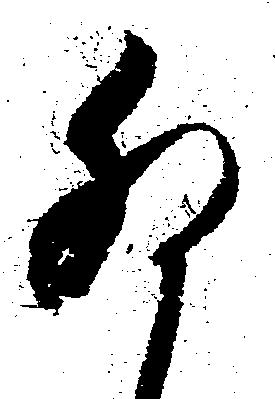
卯